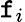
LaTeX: \mathtt{f}_{i}